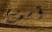
آسف